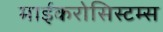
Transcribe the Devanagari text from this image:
माईकरोसिस्टम्स